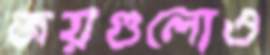
জয়গুলোও